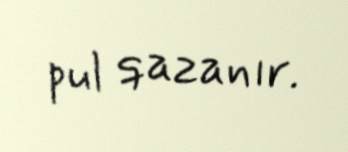
pul qazanır.